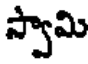
స్వామి